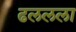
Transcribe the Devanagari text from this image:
ढललला